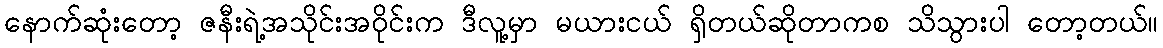
နောက်ဆုံးတော့ ဇနီးရဲ့အသိုင်းအဝိုင်းက ဒီလူ့မှာ မယားငယ် ရှိတယ်ဆိုတာကစ သိသွားပါ တော့တယ်။